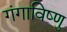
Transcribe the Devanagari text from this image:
गंगाविष्णु